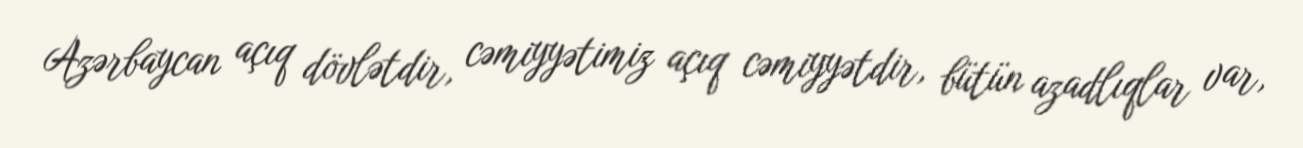
Azərbaycan açıq dövlətdir, cəmiyyətimiz açıq cəmiyyətdir, bütün azadlıqlar var,